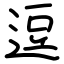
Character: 逗